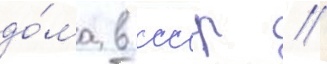
до́ма в ссср //